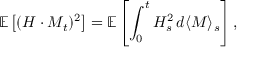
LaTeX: \mathbb { E } \left[ ( H \cdot M _ { t } ) ^ { 2 } \right] = \mathbb { E } \left[ \int _ { 0 } ^ { t } H _ { s } ^ { 2 } \, d \langle M \rangle _ { s } \right] ,